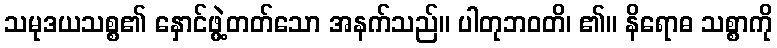
သမုဒယသစ္စ၏ နှောင်ဖွဲ့တတ်သော အနက်သည်။ ပါတုဘဝတိ၊ ၏။ နိရောဓ သစ္စာကို